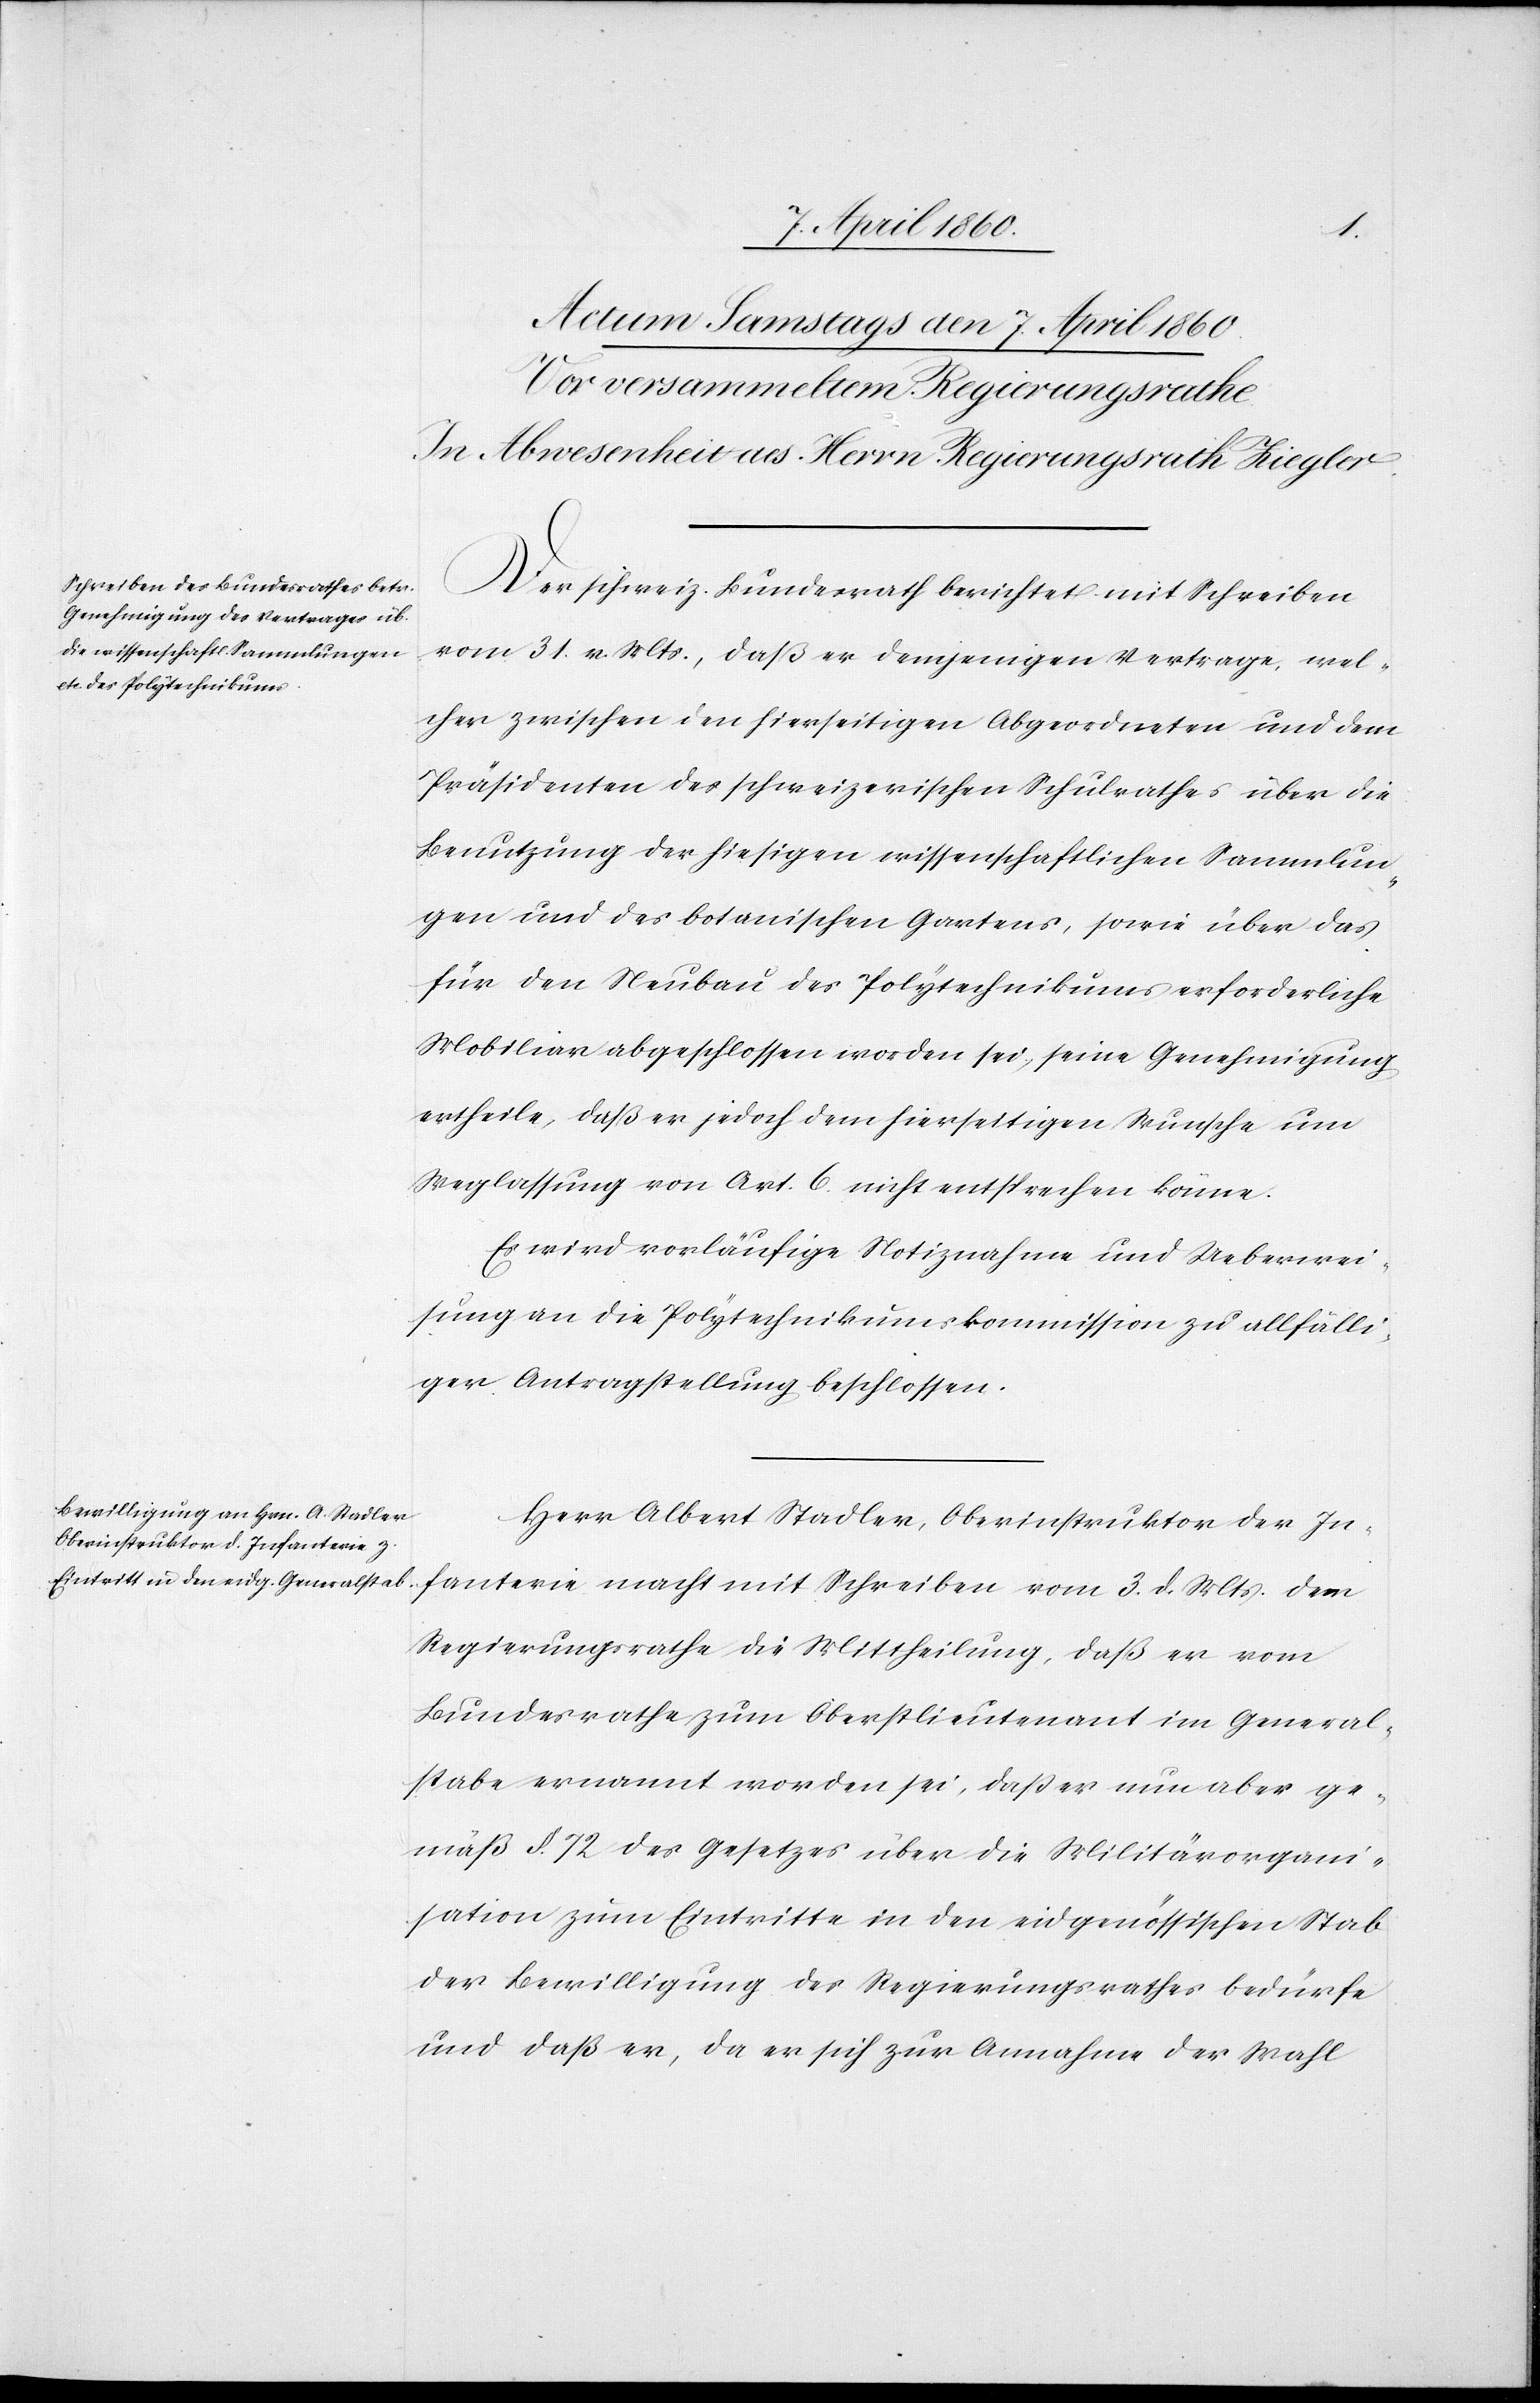
Der schweiz. Bundesrath berichtet mit Schreiben
vom 31. v. Mts., dass er demjenigen Vertrage, wel¬
cher zwischen den hierseitigen Abgeordneten und dem
Präsidenten des schweizerischen Schulrathes über die
Benutzung der hiesigen wissenschaftlichen Sammlun¬
gen und des botanischen Gartens, sowie über das
für den Neubau des Polytechnikums erforderliche
Mobiliar abgeschlossen worden sei, seine Genehmigung
ertheile, dass er jedoch dem hierseitigen Wunsche um
Weglassung von Art. 6. nicht entsprechen könne.
Es wird vorläufige Notiznahme und Ueberwei¬
sung an die Polytechnikumskommission zu allfälli¬
ger Antragstellung beschlossen.
Herr Albert Stadler, Oberinstruktor der In¬
fanterie macht mit Schreiben vom 3. d. Mts. dem
Regierungsrathe die Mittheilung, dass er vom
Bundesrathe zum Oberstlieutenant im General¬
stabe ernannt worden sei, dass er nun aber ge¬
mäss §. 72. des Gesetzes über die Militärorgani¬
sation zum Eintritte in den eidgenössischen Stab
der Bewilligung des Regierungsrathes bedürfe
und dass er, da er sich zur Annahme der Wahl